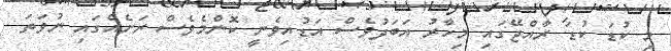
މި ކުޑަ ކުޑަ ރާއްޖޭގައި މިހާރު އަބަދުވެސް އަޑުއިވެނީ ކޮންމެވެސް ރަށެއްގައި ނުވަތަ